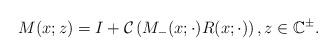
LaTeX: \begin{align*}M (x ; z)=I+\mathcal{C}\left(M_{-}(x ; \cdot) R(x ; \cdot)\right) , z \in \mathbb{C}^{\pm}. \end{align*}